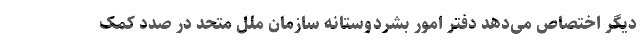
دیگر اختصاص می‌دهد دفتر امور بشردوستانه سازمان ملل متحد در صدد کمک